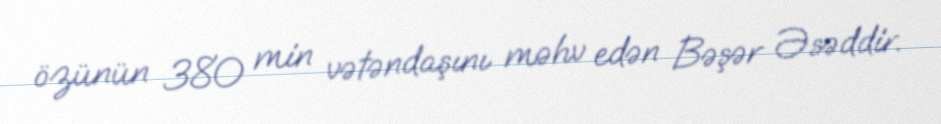
özünün 380 min vətəndaşını məhv edən Bəşər Əsəddir.